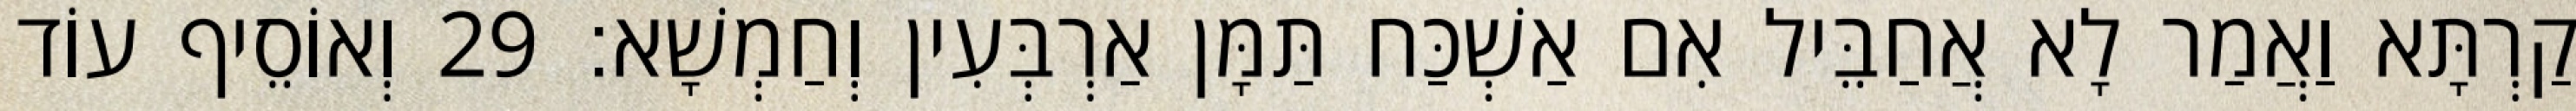
קַרְתָּא וַאֲמַר לָא אֲחַבֵּיל אִם אַשְׁכַּח תַּמָּן אַרְבְּעִין וְחַמְשָׁא׃ 29 וְאוֹסֵיף עוֹד